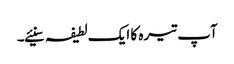
آپ تیرہ کا ایک لطیفہ سنیئے۔